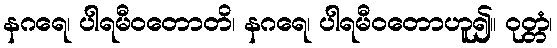
နဂရေ၊ ပါရမီဝတောတိ၊ နဂရေ၊ ပါရမီဝတောဟူ၍။ ဝုတ္တံ၊